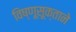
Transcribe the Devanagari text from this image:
विष्णूसूक्ताने